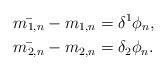
LaTeX: \begin{align*} & \bar{m_{1,n}}-m_{1,n}=\delta^1 \phi_n,\\ & \bar{m_{2,n}}-m_{2,n}=\delta_2 \phi_n. \end{align*}